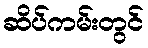
ဆိပ်ကမ်းတွင်